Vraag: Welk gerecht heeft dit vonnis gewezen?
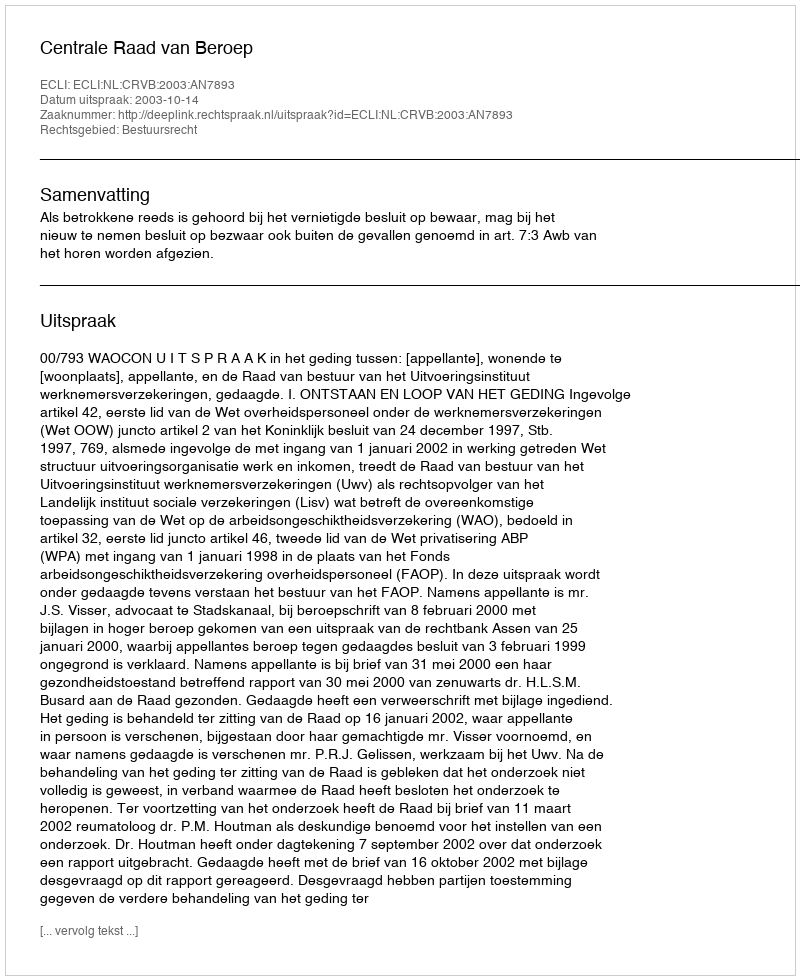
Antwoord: Centrale Raad van Beroep